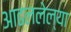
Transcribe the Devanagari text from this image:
आढललेल्या